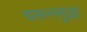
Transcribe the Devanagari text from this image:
धरूनसुद्धा